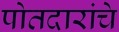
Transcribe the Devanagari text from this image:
पोतदारांचे